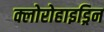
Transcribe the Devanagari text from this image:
क्लोरोहाइड्रिन